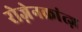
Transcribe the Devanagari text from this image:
रोज़ेनक्रांत्ज़